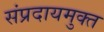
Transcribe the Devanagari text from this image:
संप्रदायमुक्त